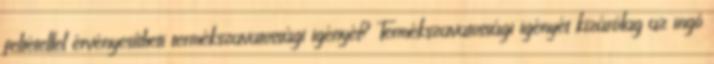
feltétellel érvényesítheti termékszavatossági igényét? Termékszavatossági igényét kizárólag az ingó